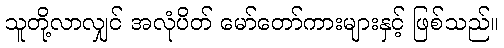
သူတို့လာလျှင် အလုံပိတ် မော်တော်ကားများနှင့် ဖြစ်သည်။